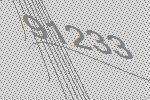
91233